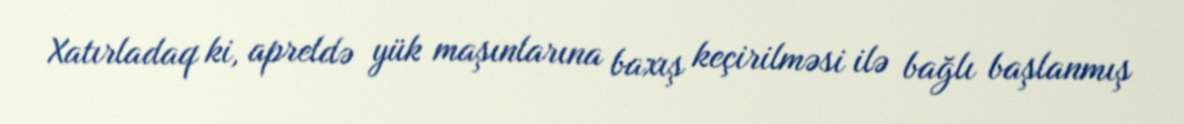
Xatırladaq ki, apreldə yük maşınlarına baxış keçirilməsi ilə bağlı başlanmış